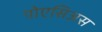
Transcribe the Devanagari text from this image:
पोएसिअस